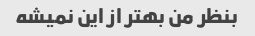
بنظر من بهتر از این نمیشه